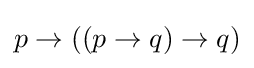
p\to ((p\to q)\to q)